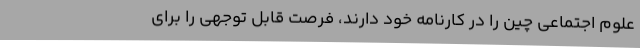
علوم اجتماعی چین را در کارنامه خود دارند، فرصت قابل توجهی را برای